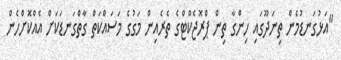
"އަޅުގަނޑުމެން ތިނަދޫގައި ހިންގާ ތިން ޕްރޮޖެކްޓްގެ ތެރެއިން މަގުގެ މަސައްކަތް ގާތްގަނޑަކަށް އެއްކޮށްހެން